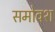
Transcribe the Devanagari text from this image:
समोवश